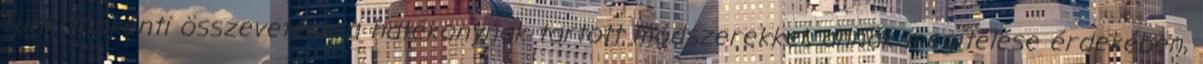
funkciónkénti összevetése a hatékonynak tartott módszerekkel, annak megítélése érdekében,